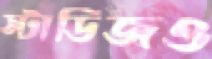
স্টাডিজও